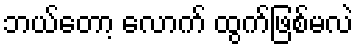
ဘယ်တော့ လောက် ထွက်ဖြစ်မလဲ